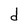
Character: d